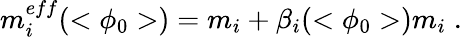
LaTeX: m_{i}^{eff}(<\phi_{0}>)=m_{i}+\beta_{i}(<\phi_{0}>)m_{i}\; .